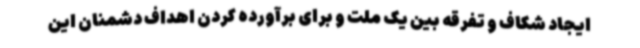
ایجاد شکاف و تفرقه بین یک ملت و برای برآورده کردن اهداف دشمنان این